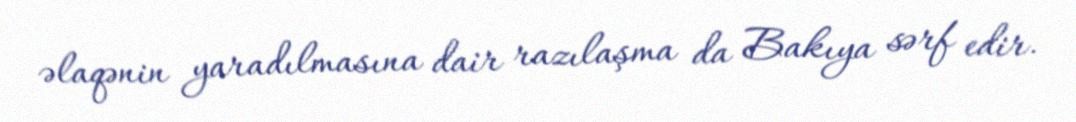
əlaqənin yaradılmasına dair razılaşma da Bakıya sərf edir.